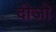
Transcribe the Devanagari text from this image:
दीजो